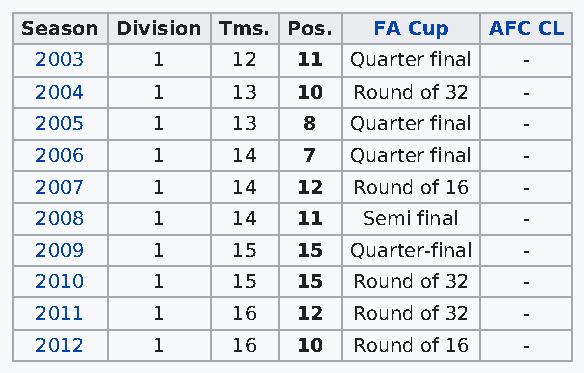
Season Division Tms. Pos. FA Cup AFC CL
 2003    1    12   11 Quarter final -
 2004    1    13   10 Round of 32 -
 2005    1    13   8  Quarter final -
 2006    1    14   7  Quarter final -
 2007    1    14   12 Round of 16 -
 2008    1    14   11  Semi final -
 2009    1    15   15 Quarter-final -
 2010    1    15   15 Round of 32 -
 2011    1    16   12 Round of 32 -
 2012    1    16   10 Round of 16 -